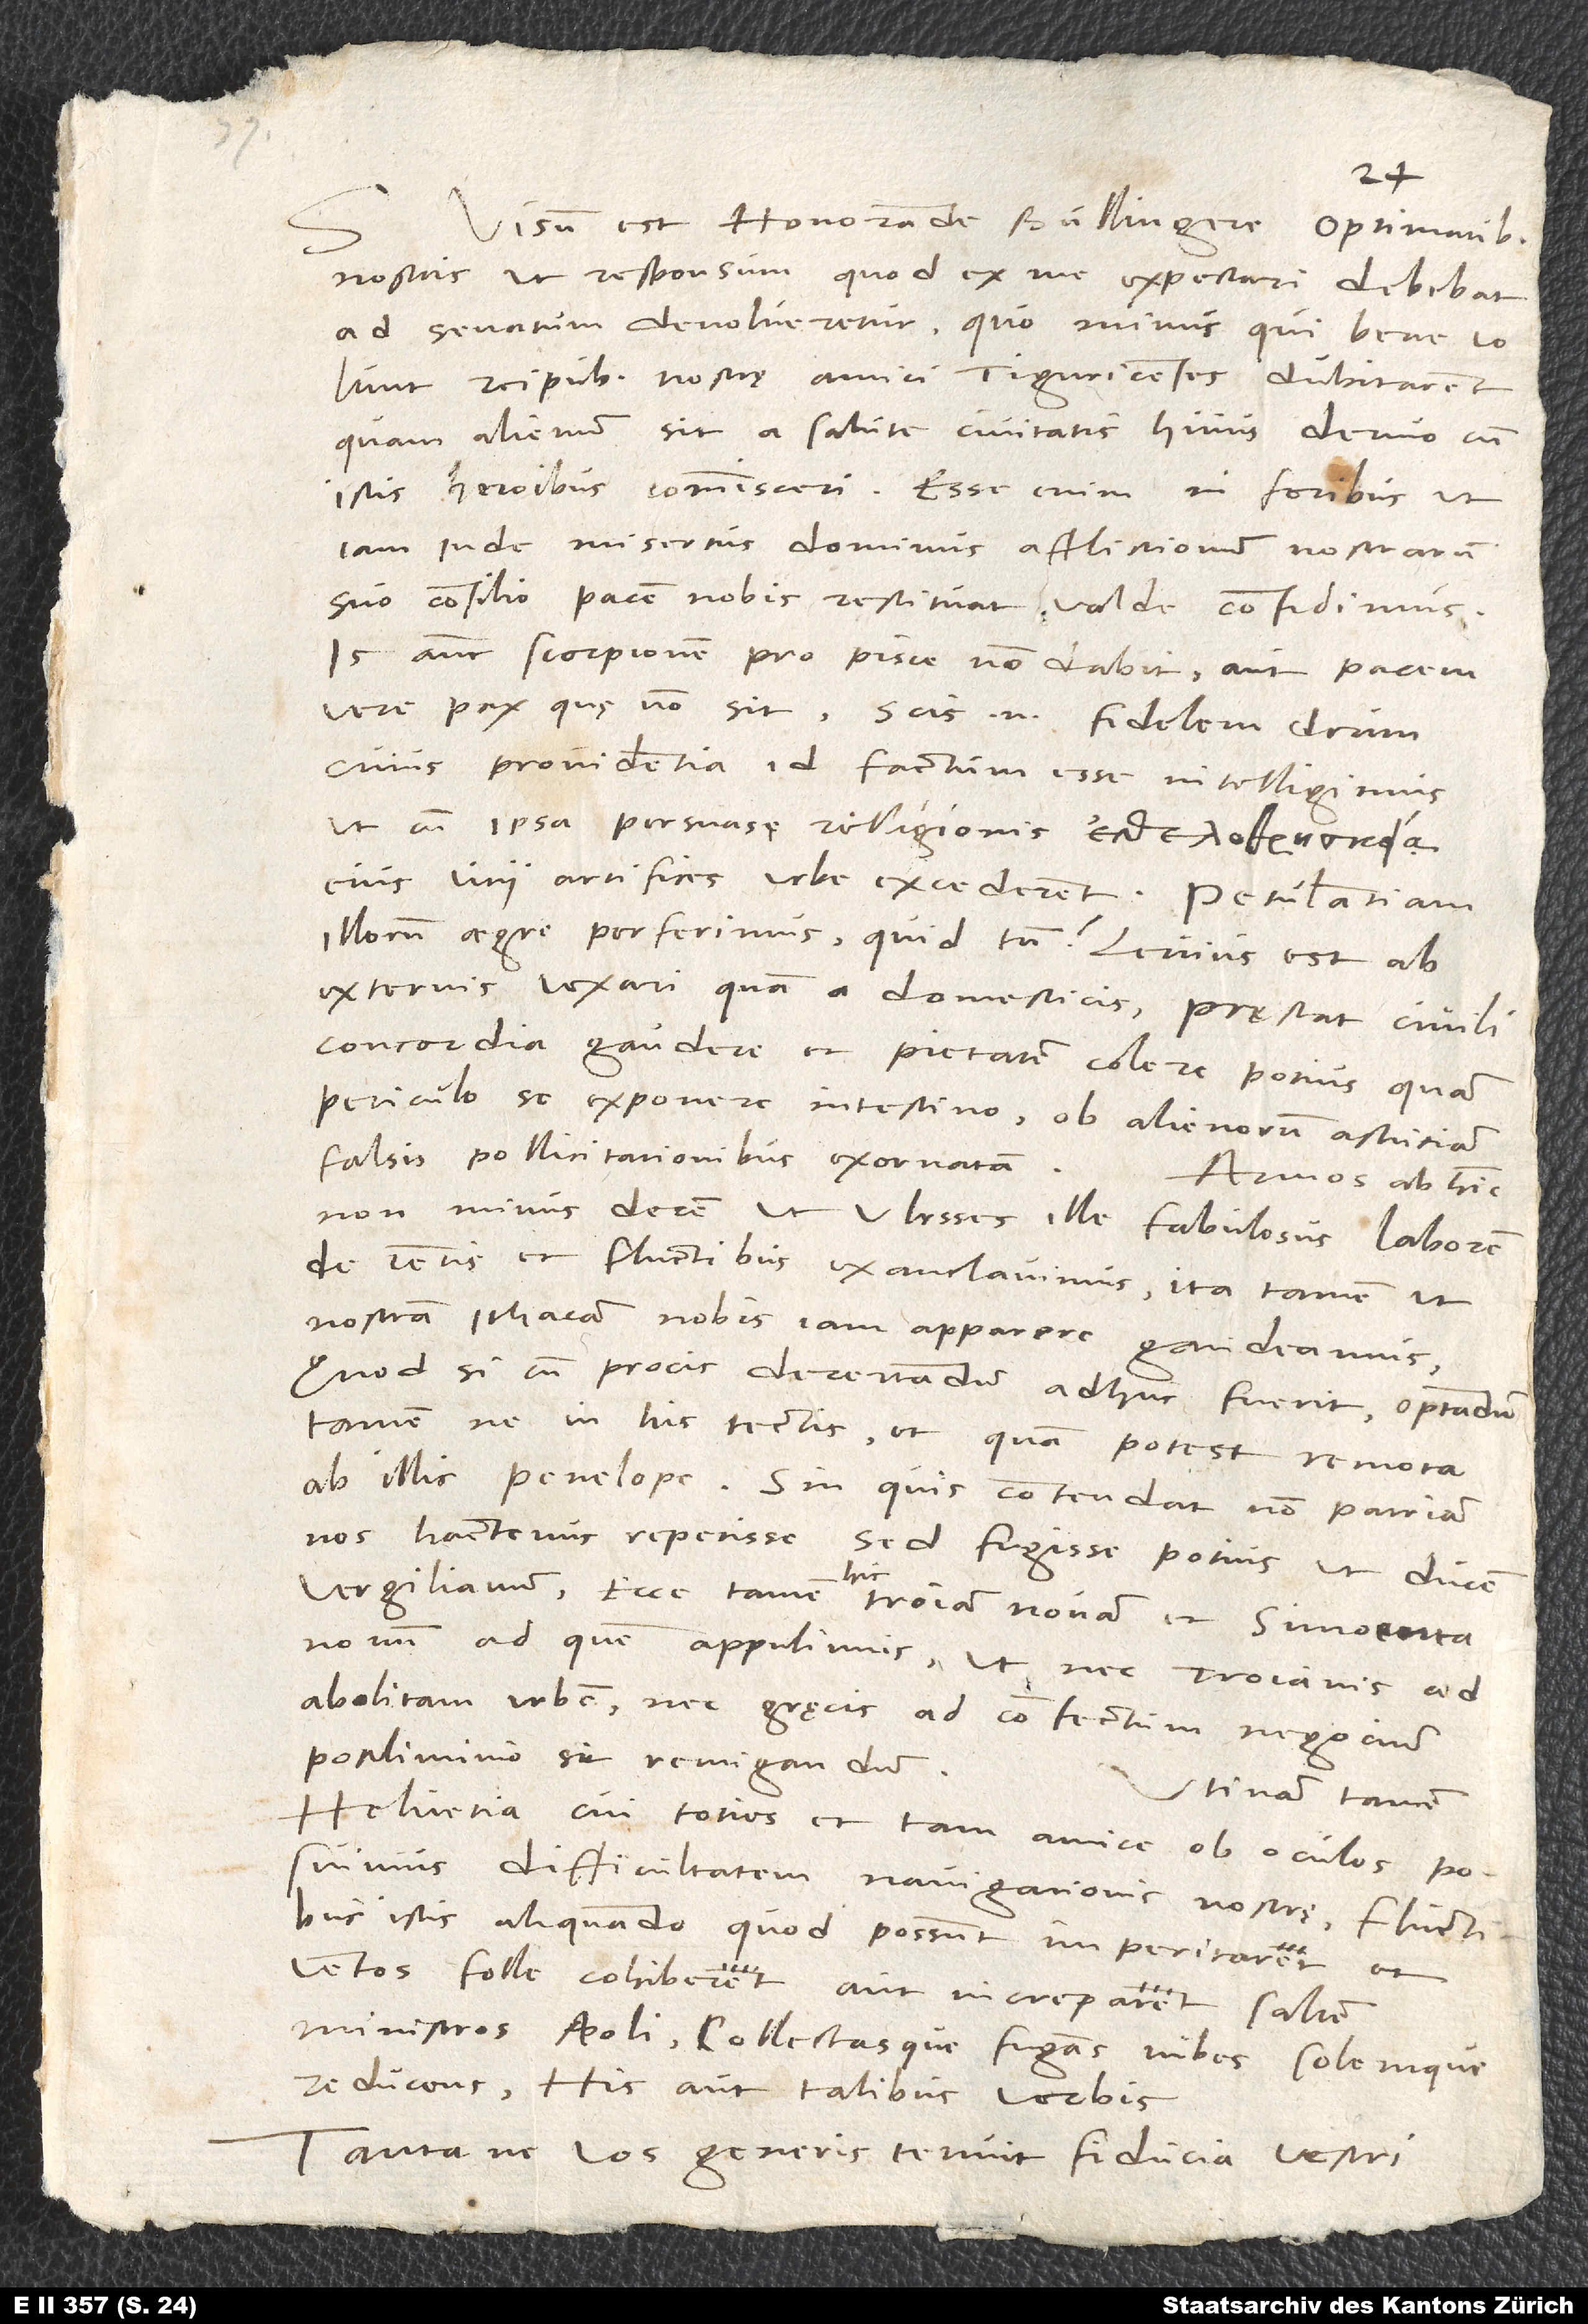
Visum est, honorande Bullingere, optimatibus
nostris, ut responsum, quod ex me expectari debebat,
ad senatum devolveretur, quo minus, qui bene volunt
reipublicę nostrę, amici Tiguricenses dubitarent,
quam alienum sit a salute civitatis huius denuo cum
istis heroibus commisceri. Esse enim in foribus, ut
iam inde misertus dominus afflictionum nostrarum
suo consilio pacem nobis restituat, valde confidimus.
Is autem scorpionem pro pisce non dabit aut pacem,
vere pax quae non sit. Scis enim fidelem deum,
cuius providentia id factum esse intelligimus,
ut cum ipsa persuasę relligionis
eius vitii artifices urbe excederent. Petulantiam
illorum aegre perferimus, quid tamen? Levius est ab
externis vexari quam a domesticis. Praestat civili
concordia gaudere et pietatem colere potius quam
periculo se exponere intestino ob alienorum astutiam
falsis pollicitationibus exornatam.
Annos ab hinc
non minus decem ut Ulisses ille fabulosus laborem
de ventis et fluctibus exantlavimus, ita tamen, ut
nostram Ithacam nobis iam apparere gaudeamus.
Quod si cum procis decertandum adhuc fuerit, optandum
tamen, ne in his tectis et quam potest remota
ab illis Penelope. Sin quis contendat non patriam
nos hactenus reperisse, sed fugisse potius ut ducem
Vergilianum, ecce tamen hic Troiam novam et Simoenta
novum, ad quem appulimus, ut nec Troianis ad
abolitam urbem nec Gręcis ad confectum negocium
postliminio sit remigrandum.
Utinam tamen
Helvetia, cui toties et tam amice ob oculos posuimus
difficultatem navigationis nostrę, fluctibus
istis aliquando, quod possunt, imperitaret et
ventos folle cohiberet aut increparet saltem
ministros Aeoli collectasque fugans nubes solemque
reducens his aut talibus verbis:
"Tantane vos generis tenuit fiducia vestri;